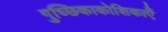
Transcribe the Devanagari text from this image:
गुच्छिकाकोशिकाएँ